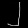
Digit: ၂